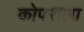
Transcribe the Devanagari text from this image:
कोपराला